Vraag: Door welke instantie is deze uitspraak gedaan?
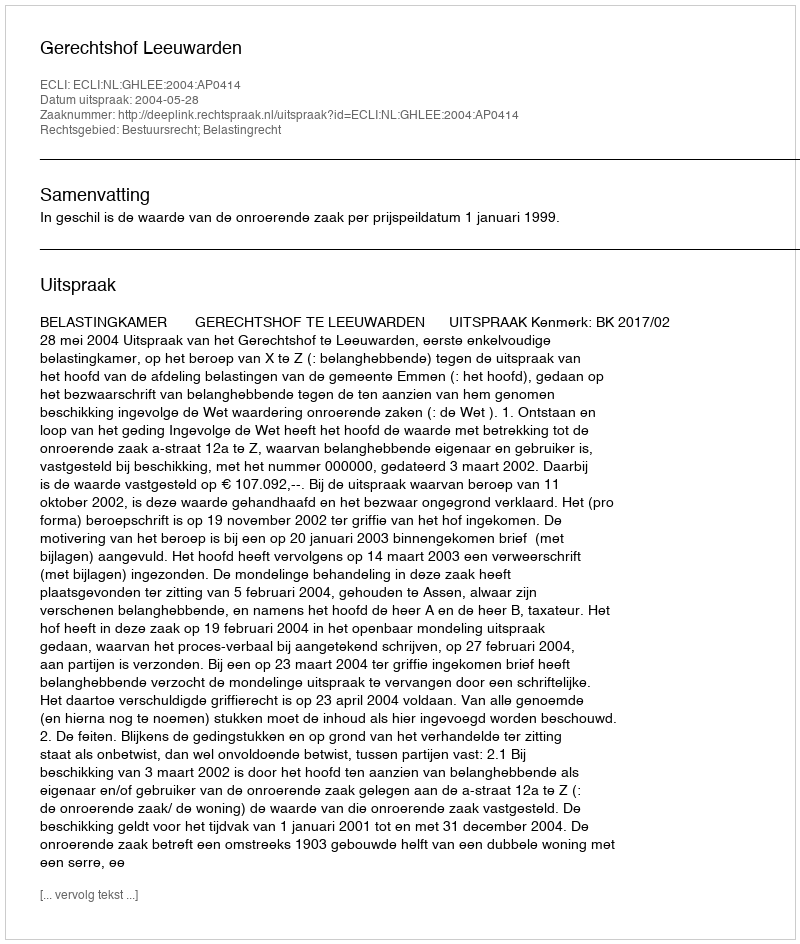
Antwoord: Gerechtshof Leeuwarden